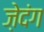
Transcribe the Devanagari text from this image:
ज़ेदंग